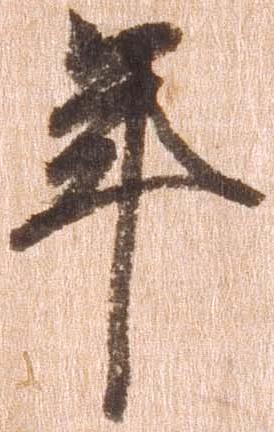
年